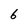
Character: 6